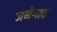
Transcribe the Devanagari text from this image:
जनेगाव